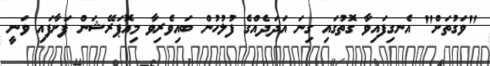
"ވަގުތަށް" އެނގިފައިވާ ގޮތުގައި ގިނަ އަދަދެއްގެ ފުލުހުން ބައިވެރިވާ މިއޮޕަރޭޝަން ފަށާފައި ވަނީ